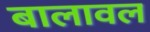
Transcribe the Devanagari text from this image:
बालावल